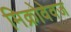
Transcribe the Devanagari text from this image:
मिक्रोवेवज